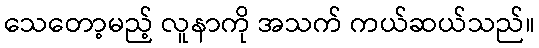
သေတော့မည့် လူနာကို အသက် ကယ်ဆယ်သည်။